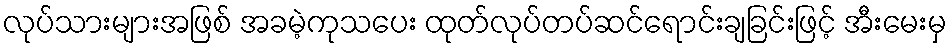
လုပ်သားများအဖြစ် အခမဲ့ကုသပေး ထုတ်လုပ်တပ်ဆင်ရောင်းချခြင်းဖြင့် အီးမေးမှ